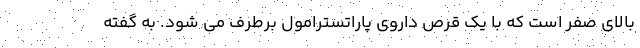
بالای صفر است که با یک قرص داروی پاراتسترامول برطرف می شود. به گفته